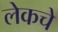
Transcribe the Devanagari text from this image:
लेकचे